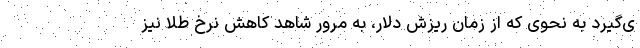
ی‌گیرد به نحوی که از زمان ریزش دلار، به مرور شاهد کاهش نرخ طلا نیز